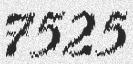
7525